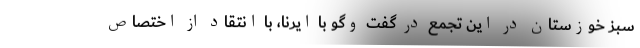
سبز خوزستان در این تجمع در گفت وگو با ایرنا، با انتقاد از اختصاص